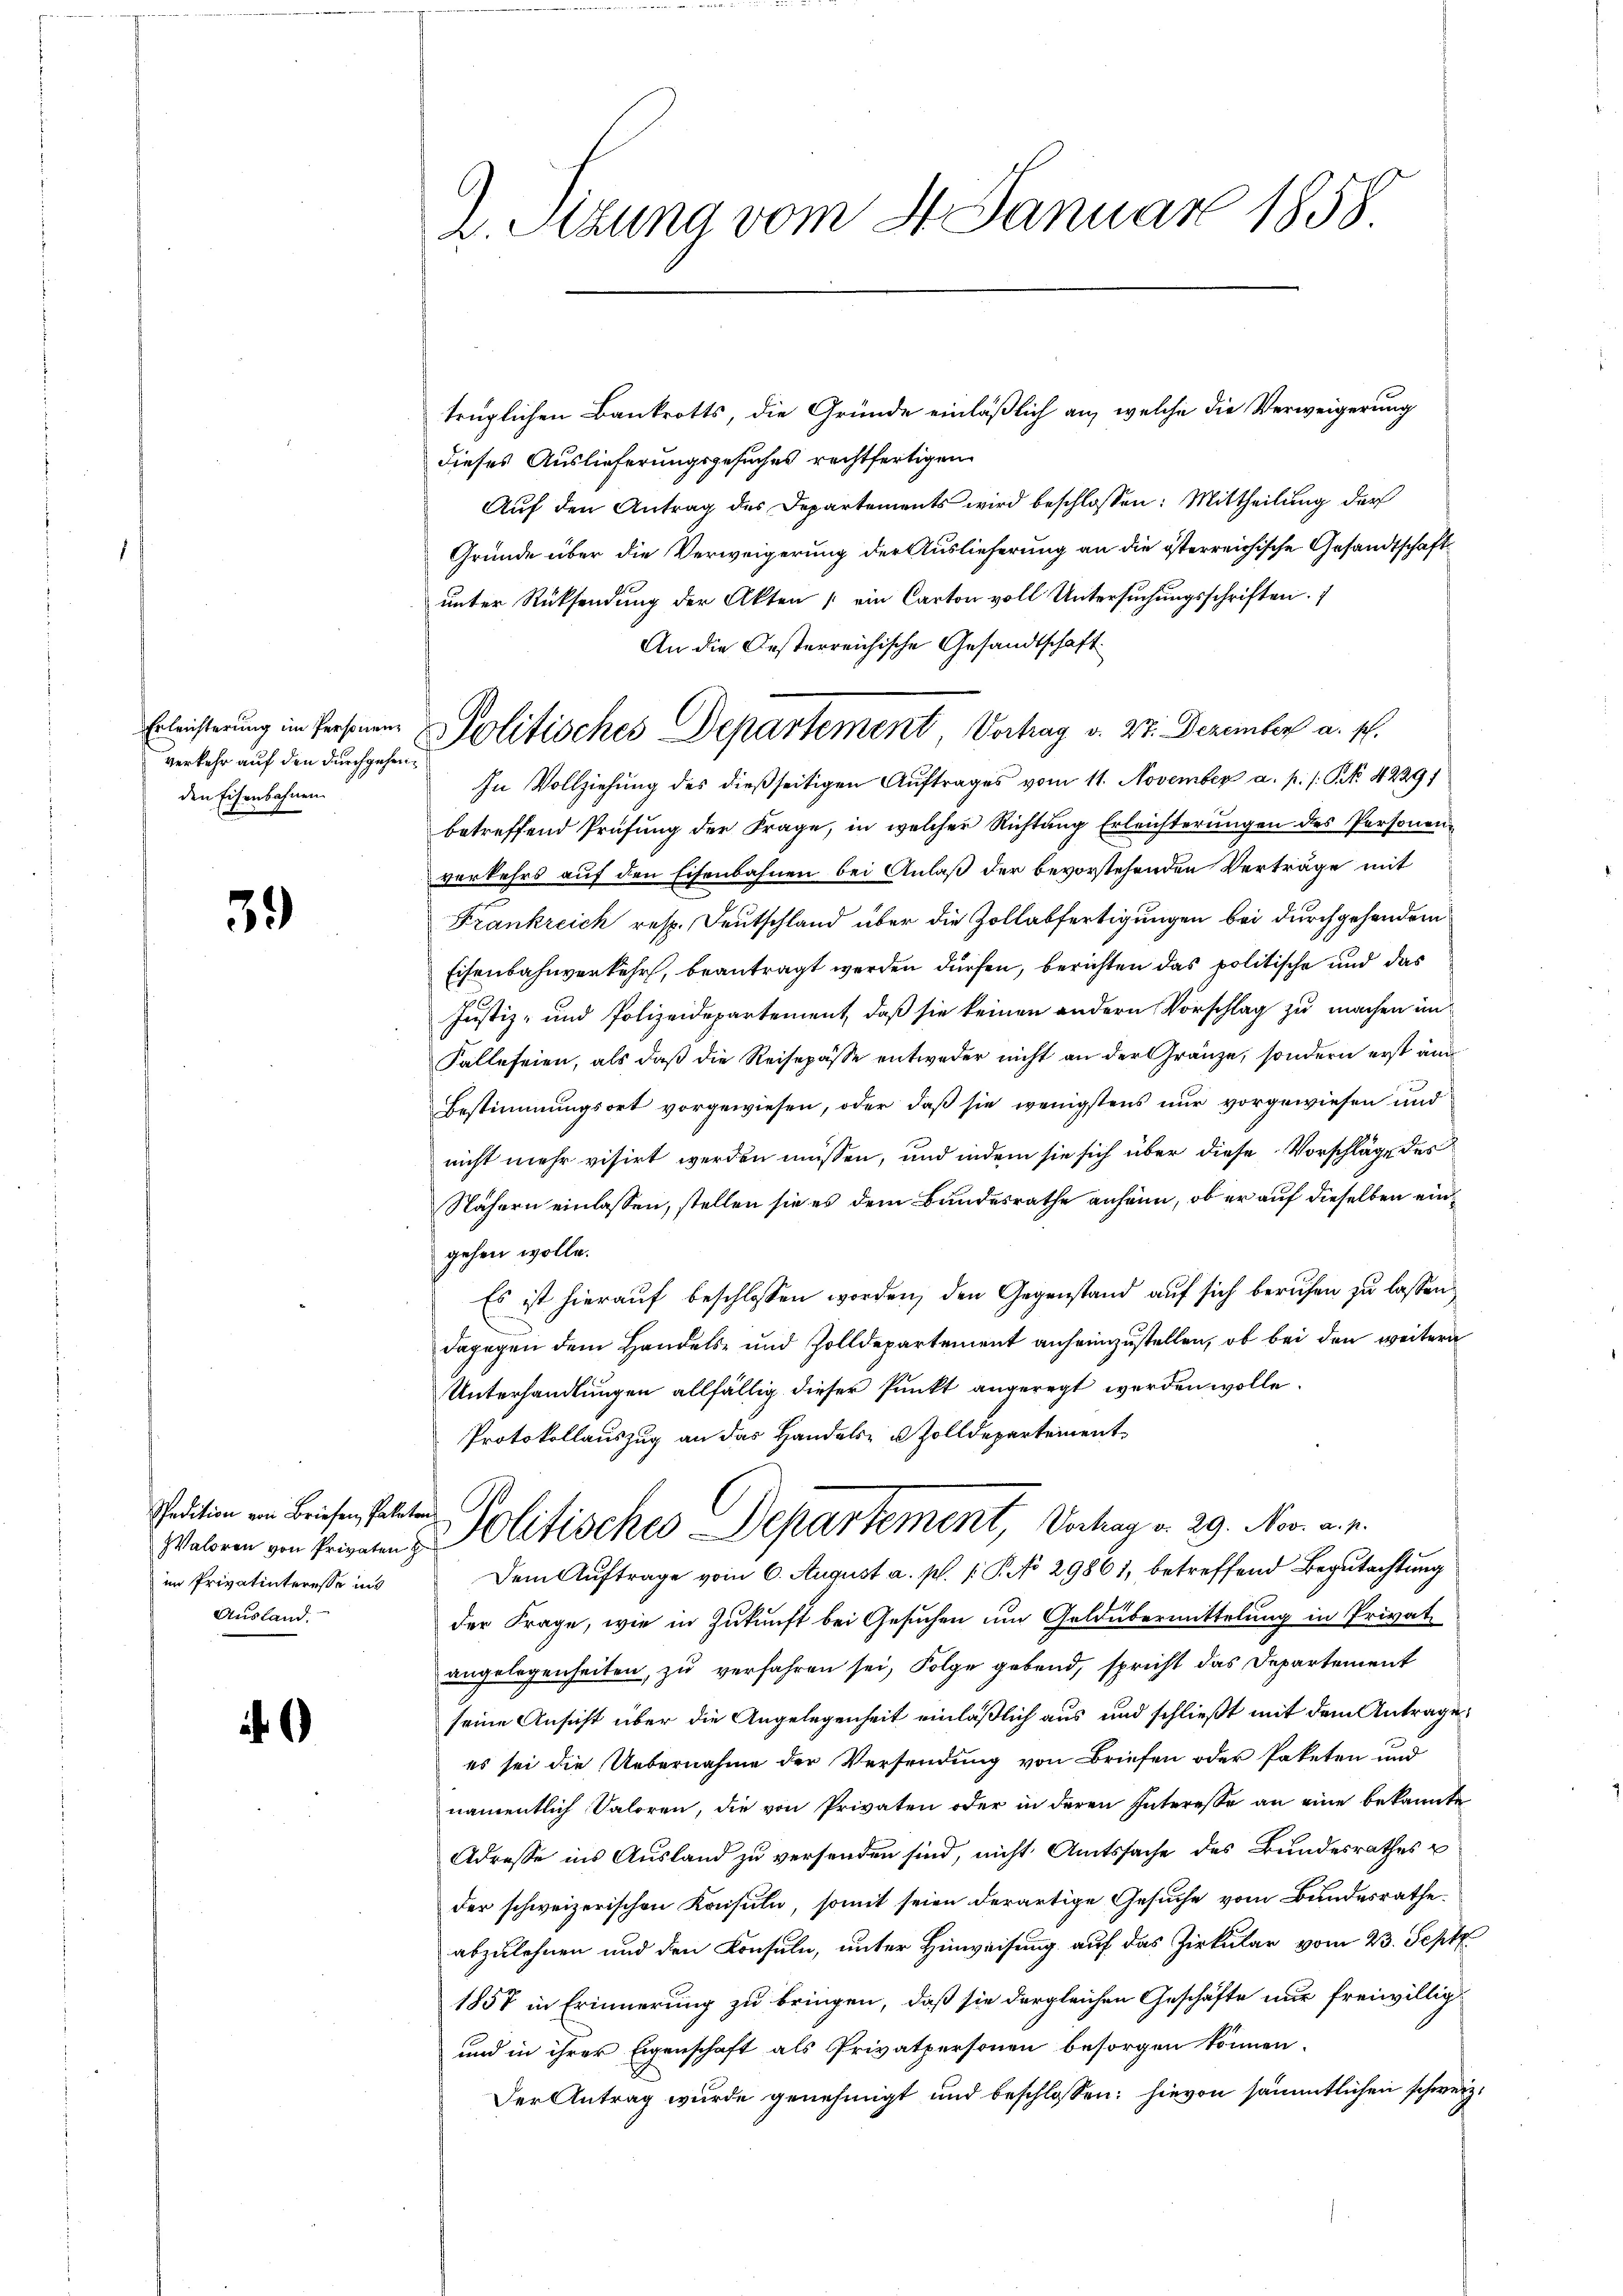
Erleichterung im Personen
verkehr auf den durchgehenden Eisenbahnen

39)

Spedition von Briefen, Palatons
im Privatinteresse ins
Ausland.

2. Sizung vom 4. Januar 1858.

Politisches Departement, Vorhag v. 27. Dezember a. s.

trüglichen Bankrotts, die Gründe einläßlich an, welche die Verweigerung
dieses Auslieferungsgesuches rechtfertigen
Auf den Antrag des Departements wird beschlossen: Mittheilung der
Gründe über die Verweigerung der Auslieferung an die österreichische Gesandtschaft
unter Rücksendung der Akten (ein Carton voll Untersuchungsschriften.
An die Oesterreichische Gesandtschaft
In Vollziehung des dießseitigen Auftrages vom 11. November a. p. 1 Pk 42291
betreffend Prüfung der Frage, in welcher Richtung Erleichterungen des Personenverkehrs auf den Eisenbahnen bei Anlaß der bevorstehenden Verträge mit
Frankreich resp. Deutschland über die Zollabfertigungen bei durchgesondern
Eisenbahnverkehr, beantragt werden dürfen, berichten das politische und das
Justiz- und Polizeidepartement, daß sie keinen andern Vorschlag zu machen im
Falle seien, als daß die Reisepässe entweder nicht an der Gränze, sondern erst ang
Bestimmungsort vorgewiesen, oder daß sie wenigstens nur vorgewiesen und
nicht mehr visirt werden müssen, und indem sie sich über diese Vorschläge des
Nähern einlassen, stellen sie es dem Bundesrathe anheim, ob er auf dieselben eingehen wolle.
Es ist hierauf beschlossen worden, den Gegenstand auf sich berufen zu lassen,
dagegen dem Handels- und Zolldepartement anheimzustellen, ob bei den weitern
Unterhandlungen allfällig dieser Punkt angeregt werden wolle.
Protokollauszug an das Handels- & Zolldepartement
Welben von seinen Politisches Departement, Verhag v. 29. Nov. a. p.
Dem Auftrage vom 6. August a. p. 1. P. No 29861, betreffend Begutachtung
der Frage, wie in Zukunft bei Gesuchen um Goldübermittelung in Privatangelegenheiten, zu verfahren sei, Folge gebend, spricht das Departement
seine Ansicht über die Angelegenheit einläßlich aus und schließt mit dem Antrage
es sei die Uebernahme der Versendung von Briefen oder Paketen und
namentlich Valoren, die von Privaten oder in deren Interesse an eine bekannte
Adresse ins Ausland zu versenden sind, nicht Amtssache des Bundesrathes u
der schweizerischen Konsuln, somit seien derartige Gesuche vom Bundesrathe
abzulehnen und den Konsuln, unter Hinweisung auf das Zirkular vom 23. Sept
1857 in Erinnerung zu bringen, daß sie dergleichen Geschäfte nur freiwillig¬
und in ihrer Eigenschaft als Privatpersonen besorgen können.
Der Antrag wurde genehmigt und beschlossen: hievon sämmtlichen schweiz.